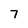
Character: 7